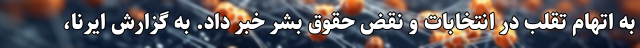
به اتهام تقلب در انتخابات و نقض حقوق بشر خبر داد. به گزارش ایرنا،